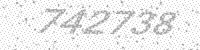
Solution: 742738